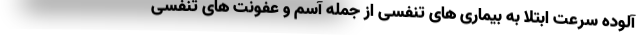
آلوده سرعت ابتلا به بیماری های تنفسی از جمله آسم و عفونت های تنفسی